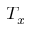
T _ { x }